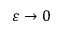
\varepsilon \to 0